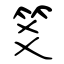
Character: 笅